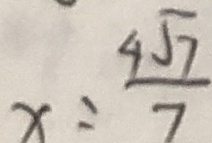
x = \frac { 4 \sqrt { 7 } } { 7 }